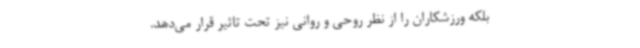
بلکه ورزشکاران را از نظر روحی و روانی نیز تحت تاثیر قرار می‌دهد.